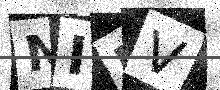
Text: NIFV